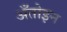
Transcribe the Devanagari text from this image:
अँतोइन